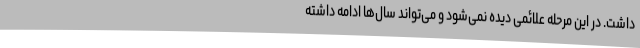
داشت. در این مرحله علائمی دیده نمی‌شود و می‌تواند سال‌ها ادامه داشته